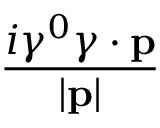
\frac { i \gamma ^ { 0 } \gamma \cdot \mathbf { p } } { | \mathbf { p } | }